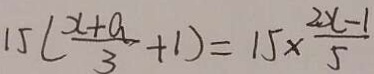
1 5 ( \frac { x + a } { 3 } + 1 ) = 1 5 \times \frac { 2 x - 1 } { 5 }